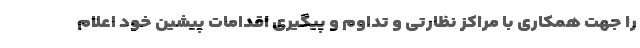
را جهت همکاری با مراکز نظارتی و تداوم و پیگیری اقدامات پیشین خود اعلام